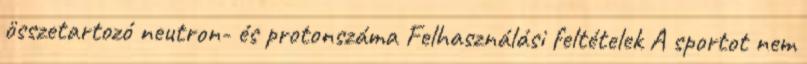
összetartozó neutron- és protonszáma Felhasználási feltételek A sportot nem